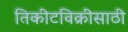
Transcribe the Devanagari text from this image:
तिकीटविक्रीसाठी